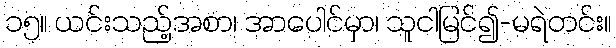
၁၅။ ယင်းသည့်အစာ၊ အာပေါင်မှာ၊ သူငါမြင်၍-မရဲတင်း။